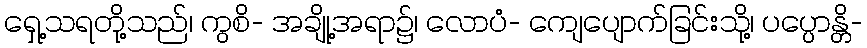
ရှေ့သရတို့သည်၊ ကွစိ- အချို့အရာ၌၊ လောပံ- ကျေပျောက်ခြင်းသို့၊ ပပ္ပောန္တိ-